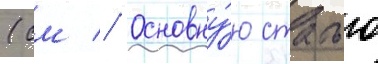
(см // Основну́ю статью